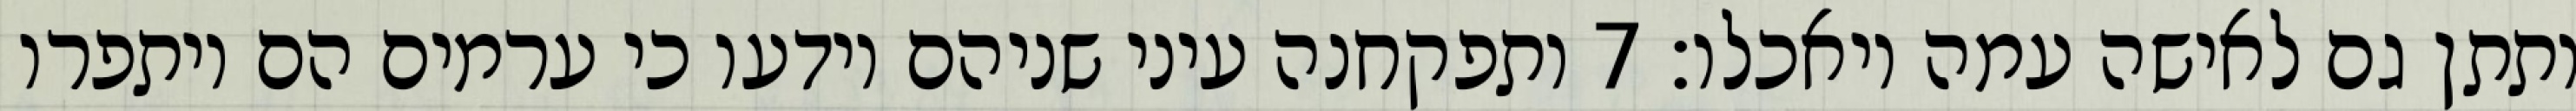
ותתן גם לאישה עמה ויאכלו׃ ‎7‏ ותפקחנה עיני שניהם וידעו כי ערמים הם ויתפרו